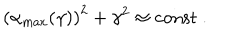
\left( \alpha _ { \mathrm { m a x } } ( \gamma ) \right) ^ { 2 } + \gamma ^ { 2 } \approx \mathrm { c o n s t \ . }